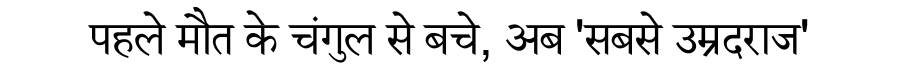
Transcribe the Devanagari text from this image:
पहले मौत के चंगुल से बचे, अब 'सबसे उम्रदराज'